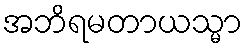
အဘိရမတာယသ္မာ